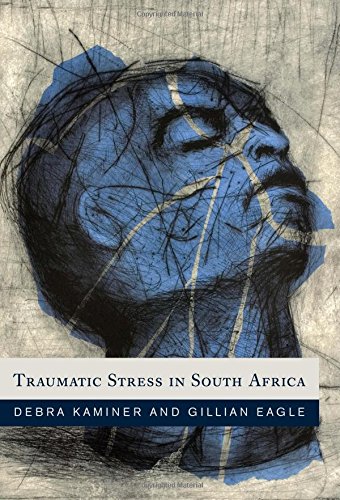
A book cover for Traumatic Stress in South Africa; Debra Kaminer; Religion & Spirituality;